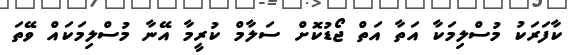
ކާފަރަކު މުސްލިމަކާ އަތާ އަތް ޖޯޑުކޮށް ސަލާމް ކުރީމާ އޭނާ މުސްލިމަކައް ވޭތަ